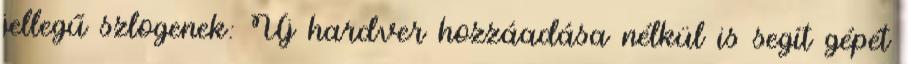
jellegű szlogenek: Új hardver hozzáadása nélkül is segít gépét